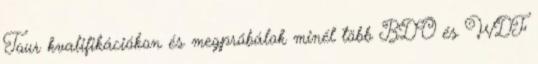
Tour kvalifikációkon és megpróbálok minél több BDO és WDF